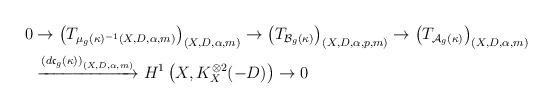
LaTeX: \begin{align*}\begin{aligned}0 &\to \left(T_{\mu_g(\kappa)^{-1}(X, D, \alpha, m)}\right)_{(X, D, \alpha, m)} \to \left(T_{\mathcal B_g(\kappa)}\right)_{(X, D, \alpha, p, m)} \to \left(T_{\mathcal A_g(\kappa)}\right)_{(X, D, \alpha, m)}\\ &\xrightarrow{\left(d\mathfrak c_g(\kappa)\right)_{(X, D, \alpha, m)}} H^1\left(X, K_X^{\otimes 2}(-D)\right) \to 0\end{aligned}\end{align*}